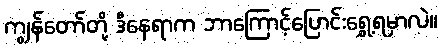
ကျွန်တော်တို့ ဒီနေရာက ဘာကြောင့်ပြောင်းရွှေ့ရမှာလဲ။